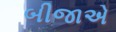
બીજાએ